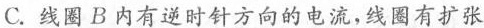
C.线圈B内有逆时针方向的电流，线圈有扩张